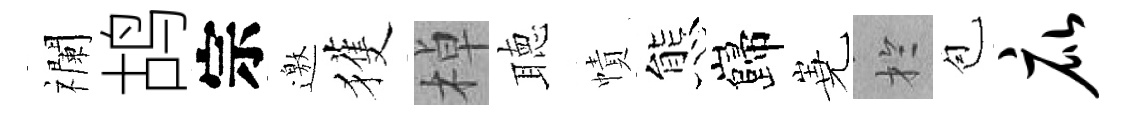
襴鸪宗邀獲棹聴幘態巋嶤扵苞庇